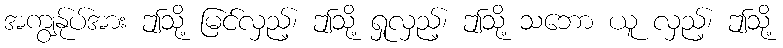
အကျွန်ုပ်အား ဤသို့ မြင်လှည့်၊ ဤသို့ ရှုလှည့်၊ ဤသို့ သဘော ယူ လှည့်၊ ဤသို့